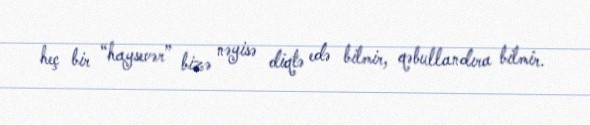
heç bir “haysevər” bizə nəyisə diqtə edə bilmir, qəbullandıra bilmir.